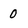
Character: O